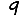
Digit: 9